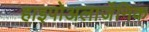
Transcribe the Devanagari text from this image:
हाइपोअलार्जेनिक